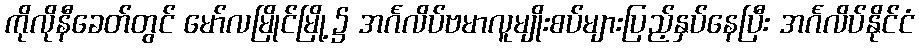
ကိုလိုနီခေတ်တွင် မော်လမြိုင်မြို့၌ အင်္ဂလိပ်ဗမာလူမျိုးစပ်များပြည့်နှပ်နေပြီး အင်္ဂလိပ်နိုင်ငံ